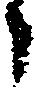
々